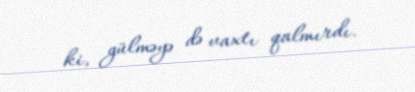
ki, gülməyə də vaxtı qalmırdı.